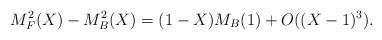
LaTeX: \begin{align*}M^2_F(X) - M^2_B(X)= (1-X) M_B(1)+O((X-1)^3).\end{align*}